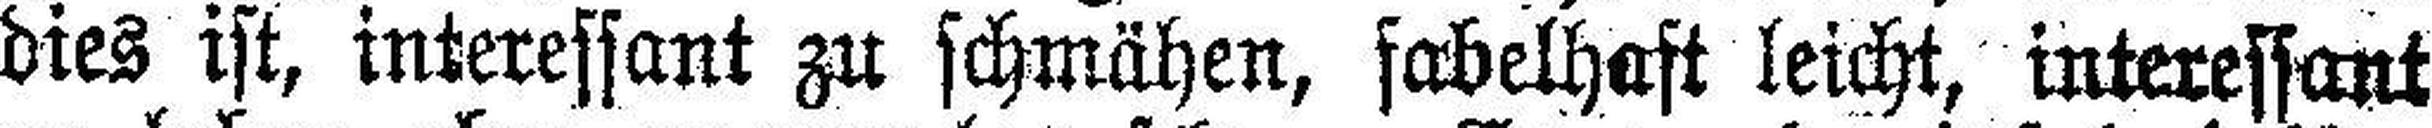
dies ist, interessant zu schmähen, fabelhaft leicht, interessant